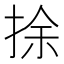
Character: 捈